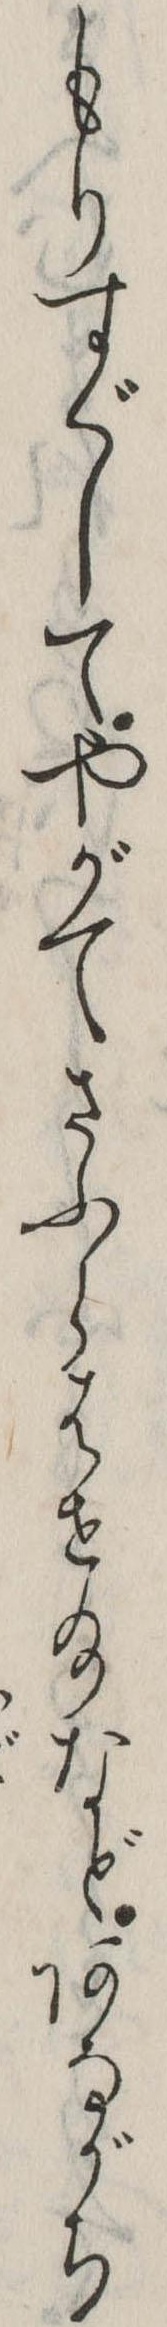
もりすぐしてやがてさふらはせ給などあながち